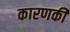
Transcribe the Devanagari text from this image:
कारणकी